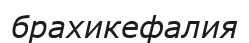
брахикефалия